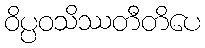
ဝိပ္ပဝသိဿတီတိပေ